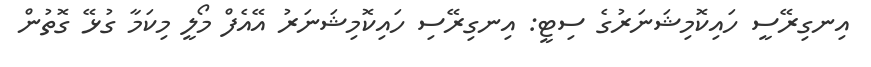
އިނގިރޭސީ ހައިކޮމިޝަނަރުގެ ސިޓީ: އިނގިރޭސި ހައިކޮމިޝަނަރު އޭއެފް މޯލީ މިކަމާ ގުޅޭ ގޮތުން